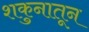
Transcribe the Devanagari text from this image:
शकुनातून